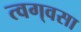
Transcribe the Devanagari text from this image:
त्वग्‌वसा